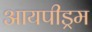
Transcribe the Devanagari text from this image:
आयपीड्रम